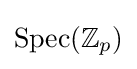
{\text{Spec}}(\mathbb {Z} _{p})